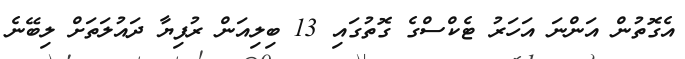
އެގޮތުން އަންނަ އަހަރު ޓެކްސްގެ ގޮތުގައި 13 ބިލިއަން ރުފިޔާ ދައުލަތަށް ލިބޭނެ